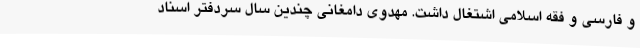
و فارسی و فقه اسلامی اشتغال داشت. مهدوی دامغانی چندین سال سردفتر اسناد